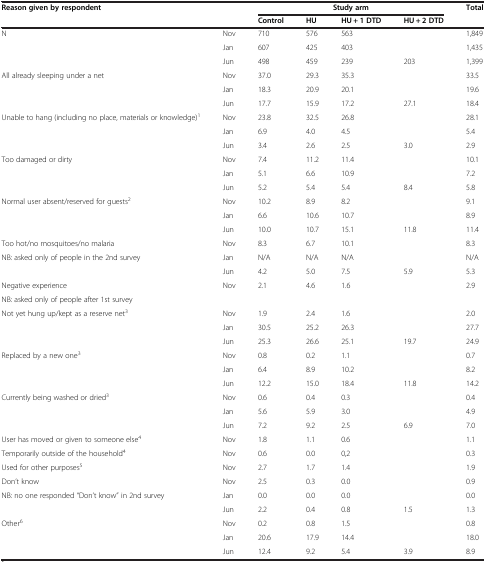
<table><thead><tr><td><b>Reason given by respondent</b></td><td><b> </b></td><td colspan="4"><b>Study arm</b></td><td><b>Total</b></td></tr><tr><td><b> </b></td><td><b> </b></td><td><b>Control</b></td><td><b>HU</b></td><td><b>HU + 1 DTD</b></td><td><b>HU + 2 DTD</b></td><td><b> </b></td></tr></thead><tbody><tr><td>N</td><td>Nov</td><td>710</td><td>576</td><td>563</td><td> </td><td>1,849</td></tr><tr><td> </td><td>Jan</td><td>607</td><td>425</td><td>403</td><td> </td><td>1,435</td></tr><tr><td> </td><td>Jun</td><td>498</td><td>459</td><td>239</td><td>203</td><td>1,399</td></tr><tr><td>All already sleeping under a net</td><td>Nov</td><td>37.0</td><td>29.3</td><td>35.3</td><td> </td><td>33.5</td></tr><tr><td> </td><td>Jan</td><td>18.3</td><td>20.9</td><td>20.1</td><td> </td><td>19.6</td></tr><tr><td> </td><td>Jun</td><td>17.7</td><td>15.9</td><td>17.2</td><td>27.1</td><td>18.4</td></tr><tr><td>Unable to hang (including no place, materials or knowledge)<sup>1</sup></td><td>Nov</td><td>23.8</td><td>32.5</td><td>26.8</td><td> </td><td>28.1</td></tr><tr><td> </td><td>Jan</td><td>6.9</td><td>4.0</td><td>4.5</td><td> </td><td>5.4</td></tr><tr><td> </td><td>Jun</td><td>3.4</td><td>2.6</td><td>2.5</td><td>3.0</td><td>2.9</td></tr><tr><td>Too damaged or dirty</td><td>Nov</td><td>7.4</td><td>11.2</td><td>11.4</td><td> </td><td>10.1</td></tr><tr><td> </td><td>Jan</td><td>5.1</td><td>6.6</td><td>10.9</td><td> </td><td>7.2</td></tr><tr><td> </td><td>Jun</td><td>5.2</td><td>5.4</td><td>5.4</td><td>8.4</td><td>5.8</td></tr><tr><td>Normal user absent/reserved for guests<sup>2</sup></td><td>Nov</td><td>10.2</td><td>8.9</td><td>8.2</td><td> </td><td>9.1</td></tr><tr><td> </td><td>Jan</td><td>6.6</td><td>10.6</td><td>10.7</td><td> </td><td>8.9</td></tr><tr><td> </td><td>Jun</td><td>10.0</td><td>10.7</td><td>15.1</td><td>11.8</td><td>11.4</td></tr><tr><td>Too hot/no mosquitoes/no malaria</td><td>Nov</td><td>8.3</td><td>6.7</td><td>10.1</td><td> </td><td>8.3</td></tr><tr><td>NB: asked only of people in the 2nd survey</td><td>Jan</td><td>N/A</td><td>N/A</td><td>N/A</td><td> </td><td>N/A</td></tr><tr><td> </td><td>Jun</td><td>4.2</td><td>5.0</td><td>7.5</td><td>5.9</td><td>5.3</td></tr><tr><td>Negative experience</td><td>Nov</td><td>2.1</td><td>4.6</td><td>1.6</td><td> </td><td>2.9</td></tr><tr><td>NB: asked only of people after 1st survey</td><td> </td><td> </td><td> </td><td> </td><td> </td><td> </td></tr><tr><td>Not yet hung up/kept as a reserve net<sup>3</sup></td><td>Nov</td><td>1.9</td><td>2.4</td><td>1.6</td><td> </td><td>2.0</td></tr><tr><td> </td><td>Jan</td><td>30.5</td><td>25.2</td><td>26.3</td><td> </td><td>27.7</td></tr><tr><td> </td><td>Jun</td><td>25.3</td><td>26.6</td><td>25.1</td><td>19.7</td><td>24.9</td></tr><tr><td>Replaced by a new one<sup>3</sup></td><td>Nov</td><td>0.8</td><td>0.2</td><td>1.1</td><td> </td><td>0.7</td></tr><tr><td> </td><td>Jan</td><td>6.4</td><td>8.9</td><td>10.2</td><td> </td><td>8.2</td></tr><tr><td> </td><td>Jun</td><td>12.2</td><td>15.0</td><td>18.4</td><td>11.8</td><td>14.2</td></tr><tr><td>Currently being washed or dried<sup>3</sup></td><td>Nov</td><td>0.6</td><td>0.4</td><td>0.3</td><td> </td><td>0.4</td></tr><tr><td> </td><td>Jan</td><td>5.6</td><td>5.9</td><td>3.0</td><td> </td><td>4.9</td></tr><tr><td> </td><td>Jun</td><td>7.2</td><td>9.2</td><td>2.5</td><td>6.9</td><td>7.0</td></tr><tr><td>User has moved or given to someone else<sup>4</sup></td><td>Nov</td><td>1.8</td><td>1.1</td><td>0.6</td><td> </td><td>1.1</td></tr><tr><td>Temporarily outside of the household<sup>4</sup></td><td>Nov</td><td>0.6</td><td>0.0</td><td>0,2</td><td> </td><td>0.3</td></tr><tr><td>Used for other purposes<sup>5</sup></td><td>Nov</td><td>2.7</td><td>1.7</td><td>1.4</td><td> </td><td>1.9</td></tr><tr><td>Don’t know</td><td>Nov</td><td>2.5</td><td>0.3</td><td>0.0</td><td> </td><td>0.9</td></tr><tr><td>NB: no one responded &quot;Don’t know&quot; in 2nd survey</td><td>Jan</td><td>0.0</td><td>0.0</td><td>0.0</td><td> </td><td>0.0</td></tr><tr><td> </td><td>Jun</td><td>2.2</td><td>0.4</td><td>0.8</td><td>1.5</td><td>1.3</td></tr><tr><td>Other<sup>6</sup></td><td>Nov</td><td>0.2</td><td>0.8</td><td>1.5</td><td> </td><td>0.8</td></tr><tr><td> </td><td>Jan</td><td>20.6</td><td>17.9</td><td>14.4</td><td> </td><td>18.0</td></tr><tr><td> </td><td>Jun</td><td>12.4</td><td>9.2</td><td>5.4</td><td>3.9</td><td>8.9</td></tr></tbody></table>